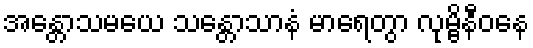
အန္တောသမယေ သန္တောသာနံ မာရေတွာ လုမ္ဗိနီဝနေ